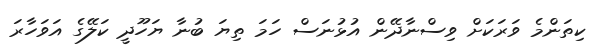
ކިތަންމެ ވަރަކަށް ވިސްނާދޭން އުޅުނަސް ހަމަ ތިޔަ ބުނާ ޔަހޫދީ ކަލޭގެ އަވަހާރަ